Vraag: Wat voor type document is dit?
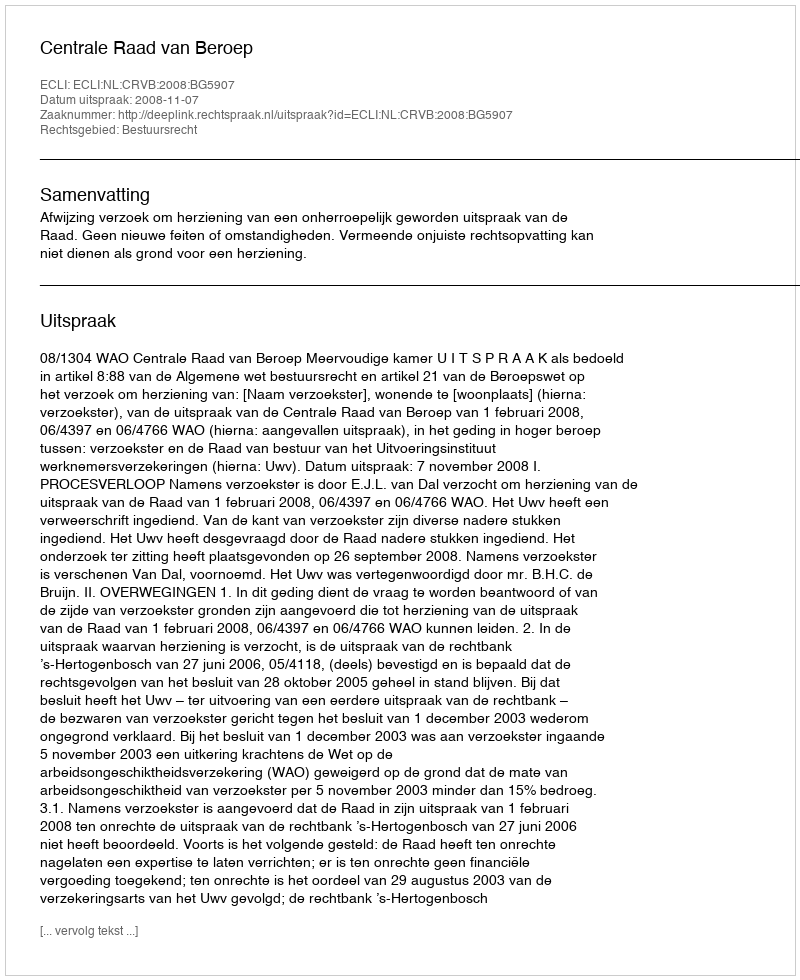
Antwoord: Uitspraak